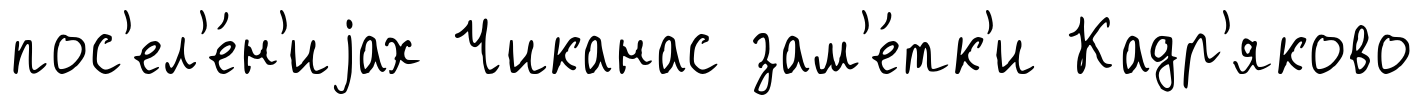
пос'ел'е́н'иjах Чиканас зам'е́тк'и Кадр'яково